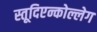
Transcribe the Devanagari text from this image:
स्तूदिएन्कोल्लेग